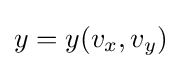
y=y(v_{x},v_{y})